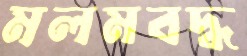
মলমবদ্ধ